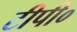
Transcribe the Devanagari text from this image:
टीपी०